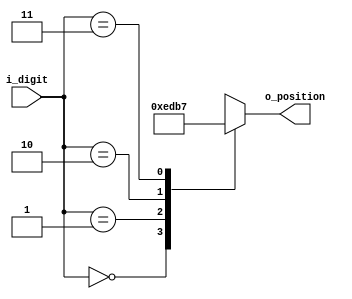
`timescale 1ns / 1ps
//////////////////////////////////////////////////////////////////////////////////
// Company: 
// Engineer: 
// 
// Design Name: 
// Module Name: FND_2x4_decoder
// Project Name: 
// Target Devices: 
// Tool Versions: 
// Description: 
// 
// Dependencies: 
// 
// Revision:
// Revision 0.01 - File Created
// Additional Comments:
// 
//////////////////////////////////////////////////////////////////////////////////


module FND_position_decoder(
    input [1:0] i_digit,
    output [3:0] o_position
    );

    reg [3:0] r_position;
    assign o_position = r_position;

    always @(*) begin
        case (i_digit)
            2'b00 : r_position <= 4'b1110; 
            2'b01 : r_position <= 4'b1101; 
            2'b10 : r_position <= 4'b1011; 
            2'b11 : r_position <= 4'b0111; 
        endcase
    end
endmodule